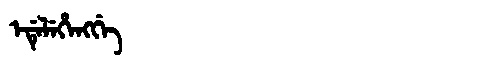
Manchu: ᡝᡩᡝᠯᡝᡥᡝᠩᡤᡝ
Romanization: EDELEHENGGE